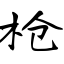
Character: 枪